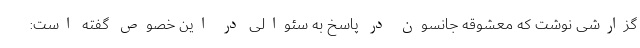
گزارشی نوشت که معشوقه جانسون در پاسخ به سئوالی در این خصوص گفته است: